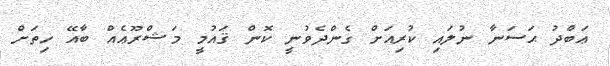
ޢަބްދު ޙަސަނާ ނުލައި ކުރިއަށް ގެންދެވުނީ ކޮން ޤައުމީ މަޝްރޫޢެއް ބާއޭ ހިތަށް